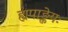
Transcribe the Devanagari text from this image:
ह्यपाङ्क्तेयः